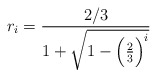
\begin{align*}r_i=\frac{2/3}{1+\sqrt{1-\Bigl(\frac{2}{3}\Bigr)^i}}\end{align*}